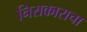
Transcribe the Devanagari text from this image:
निराकाराचा